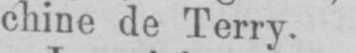
chine de Terry.